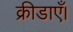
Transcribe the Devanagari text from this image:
क्रीडाएँ।